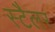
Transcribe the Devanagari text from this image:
स्टैलर